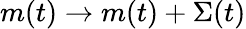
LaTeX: m(t)\rightarrow m(t)+\Sigma(t)